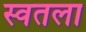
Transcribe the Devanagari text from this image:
स्वतला